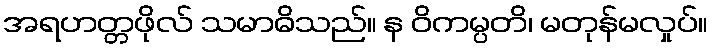
အရဟတ္တဖိုလ် သမာဓိသည်။ န ဝိကမ္ပတိ၊ မတုန်မလှုပ်။